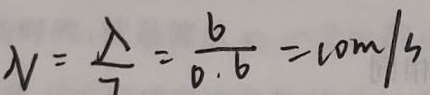
N = \frac { \lambda } { 7 } = \frac { 6 } { 0 . 6 } = c o m / s